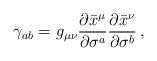
LaTeX: \begin{align*}\gamma_{ab}=g_{\mu\nu}\frac{\partial\bar{x}^\mu}{\partial\sigma^a} \frac{\partial\bar{x}^\nu}{\partial\sigma^b} \,,\end{align*}